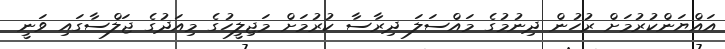
އައްޔަންކުރުމަށް ރުހުން ދިނުމުގެ މައްސަލަ ދިރާސާ ކުރުމަށް މަޖިލީހުގެ މިއަދުގެ ޖަލްސާގައި ވަނީ